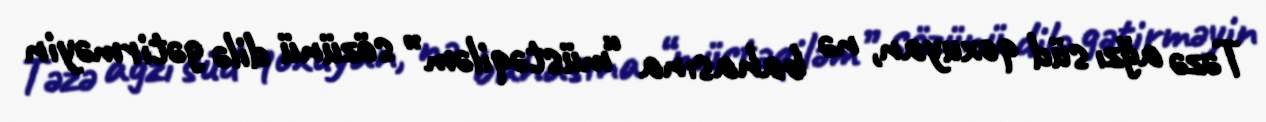
Təzə ağzı süd qoxuyan, nə bahasına “müstəqiləm” sözünü dilə gətirməyin